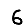
Digit: 6